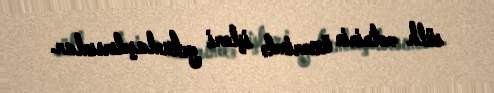
sülh mətninin üzərində işləri yekunlaşdırsınlar.